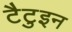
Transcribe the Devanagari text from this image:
टैटुइन